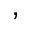
,